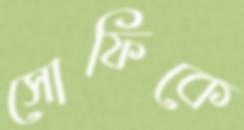
সোফিকে